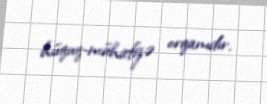
hüquq-mühafizə orqanıdır.